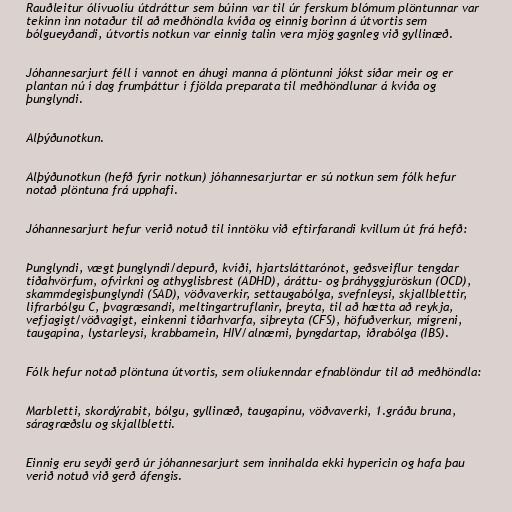
Rauðleitur ólívuolíu útdráttur sem búinn var til úr ferskum blómum plöntunnar var
tekinn inn notaður til að meðhöndla kvíða og einnig borinn á útvortis sem
bólgueyðandi, útvortis notkun var einnig talin vera mjög gagnleg við gyllinæð.

Jóhannesarjurt féll í vannot en áhugi manna á plöntunni jókst síðar meir og er
plantan nú í dag frumþáttur í fjölda preparata til meðhöndlunar á kvíða og
þunglyndi.

Alþýðunotkun.

Alþýðunotkun (hefð fyrir notkun) jóhannesarjurtar er sú notkun sem fólk hefur
notað plöntuna frá upphafi.

Jóhannesarjurt hefur verið notuð til inntöku við eftirfarandi kvillum út frá hefð:

Þunglyndi, vægt þunglyndi/depurð, kvíði, hjartsláttarónot, geðsveiflur tengdar
tíðahvörfum, ofvirkni og athyglisbrest (ADHD), áráttu- og þráhyggjuröskun (OCD),
skammdegisþunglyndi (SAD), vöðvaverkir, settaugabólga, svefnleysi, skjallblettir,
lifrarbólgu C, þvagræsandi, meltingartruflanir, þreyta, til að hætta að reykja,
vefjagigt/vöðvagigt, einkenni tíðarhvarfa, síþreyta (CFS), höfuðverkur, mígreni,
taugapína, lystarleysi, krabbamein, HIV/alnæmi, þyngdartap, iðrabólga (IBS).

Fólk hefur notað plöntuna útvortis, sem olíukenndar efnablöndur til að meðhöndla:

Marbletti, skordýrabit, bólgu, gyllinæð, taugapínu, vöðvaverki, 1.gráðu bruna,
sáragræðslu og skjallbletti.

Einnig eru seyði gerð úr jóhannesarjurt sem innihalda ekki hypericin og hafa þau
verið notuð við gerð áfengis.